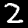
Label: 2